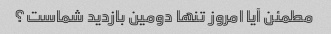
مطمئن آیا امروز تنها دومین بازدید شماست؟